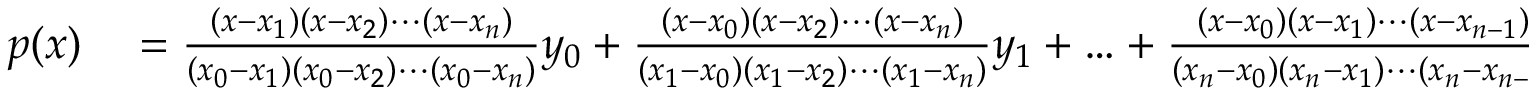
\begin{array} { r l } { p ( x ) } & { { } = { \frac { ( x - x _ { 1 } ) ( x - x _ { 2 } ) \cdots ( x - x _ { n } ) } { ( x _ { 0 } - x _ { 1 } ) ( x _ { 0 } - x _ { 2 } ) \cdots ( x _ { 0 } - x _ { n } ) } } y _ { 0 } + { \frac { ( x - x _ { 0 } ) ( x - x _ { 2 } ) \cdots ( x - x _ { n } ) } { ( x _ { 1 } - x _ { 0 } ) ( x _ { 1 } - x _ { 2 } ) \cdots ( x _ { 1 } - x _ { n } ) } } y _ { 1 } + \ldots + { \frac { ( x - x _ { 0 } ) ( x - x _ { 1 } ) \cdots ( x - x _ { n - 1 } ) } { ( x _ { n } - x _ { 0 } ) ( x _ { n } - x _ { 1 } ) \cdots ( x _ { n } - x _ { n - 1 } ) } } y _ { n } } \end{array}